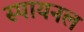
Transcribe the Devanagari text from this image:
स्पायनल